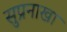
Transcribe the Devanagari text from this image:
सुप्रनाखा